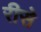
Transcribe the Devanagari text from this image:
रीसे